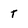
Character: t